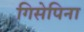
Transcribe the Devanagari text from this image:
गिसेपिना